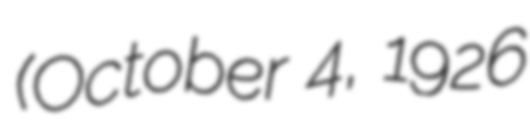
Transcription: (October 4, 1926